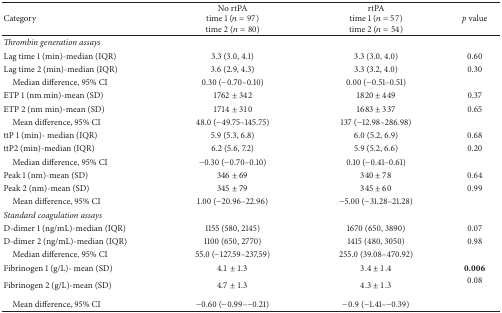
<table><thead><tr><td><b>Category</b></td><td><b>No rtPA time 1 (<i>n</i> = 97) time 2 (<i>n</i> = 80)</b></td><td><b>rtPA time 1 (<i>n</i> = 57) time 2 (<i>n</i> = 54)</b></td><td><b><i>p</i> value</b></td></tr></thead><tbody><tr><td><i>Thrombin generation assays</i></td><td> </td><td> </td><td> </td></tr><tr><td>Lag time 1 (min)-median (IQR)</td><td>3.3 (3.0, 4.1)</td><td>3.3 (3.0, 4.0)</td><td>0.60</td></tr><tr><td>Lag time 2 (min)-median (IQR)</td><td>3.6 (2.9, 4.3)</td><td>3.3 (3.2, 4.0)</td><td>0.30</td></tr><tr><td> Median difference, 95% CI</td><td> 0.30 (−0.70–0.10)</td><td>0.00 (−0.51–0.51)</td><td> </td></tr><tr><td>ETP 1 (nm min)-mean (SD)</td><td>1762 ± 342</td><td>1820 ± 449</td><td>0.37</td></tr><tr><td>ETP 2 (nm min)-mean (SD)</td><td>1714 ± 310</td><td>1683 ± 337</td><td>0.65</td></tr><tr><td> Mean difference, 95% CI</td><td>48.0 (−49.75–145.75)</td><td>137 (−12.98–286.98)</td><td> </td></tr><tr><td>ttP 1 (min)- median (IQR)</td><td>5.9 (5.3, 6.8)</td><td>6.0 (5.2, 6.9)</td><td>0.68</td></tr><tr><td>ttP2 (min)-median (IQR)</td><td>6.2 (5.6, 7.2)</td><td>5.9 (5.2, 6.6)</td><td>0.20</td></tr><tr><td> Median difference, 95% CI</td><td>−0.30 (−0.70–0.10)</td><td>0.10 (−0.41–0.61)</td><td> </td></tr><tr><td>Peak 1 (nm)-mean (SD)</td><td>346 ± 69</td><td>340 ± 78</td><td>0.64</td></tr><tr><td>Peak 2 (nm)-mean (SD)</td><td>345 ± 79</td><td>345 ± 60</td><td>0.99</td></tr><tr><td> Mean difference, 95% CI</td><td>1.00 (−20.96–22.96)</td><td>−5.00 (−31.28–21.28)</td><td> </td></tr><tr><td><i>Standard coagulation assays</i></td><td> </td><td> </td><td> </td></tr><tr><td>D-dimer 1 (ng/mL)-median (IQR)</td><td>1155 (580, 2145)</td><td>1670 (650, 3890)</td><td>0.07</td></tr><tr><td>D-dimer 2 (ng/mL)-median (IQR)</td><td>1100 (650, 2770)</td><td>1415 (480, 3050)</td><td>0.98</td></tr><tr><td> Median difference, 95% CI</td><td>55.0 (−127.59–237.59)</td><td>255.0 (39.08–470.92)</td><td> </td></tr><tr><td>Fibrinogen 1 (g/L)- mean (SD)</td><td>4.1 ± 1.3</td><td>3.4 ± 1.4</td><td><b>0.006</b></td></tr><tr><td>Fibrinogen 2 (g/L)-mean (SD)</td><td>4.7 ± 1.3</td><td>4.3 ± 1.3</td><td>0.08</td></tr><tr><td> Mean difference, 95% CI</td><td>−0.60 (−0.99–−0.21)</td><td>−0.9 (−1.41–−0.39)</td><td> </td></tr></tbody></table>